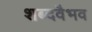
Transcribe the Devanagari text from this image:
शब्दवैभव